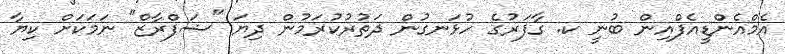
އެމްއެންޑީއެފްއިން ބުނީ ކ. ގާފަރުގެ ހުޅަނގުން ދަތުރުކުރަމުން ދިޔަ "ޝަފްރާޒް" ނަމަކަށް ކިޔާ